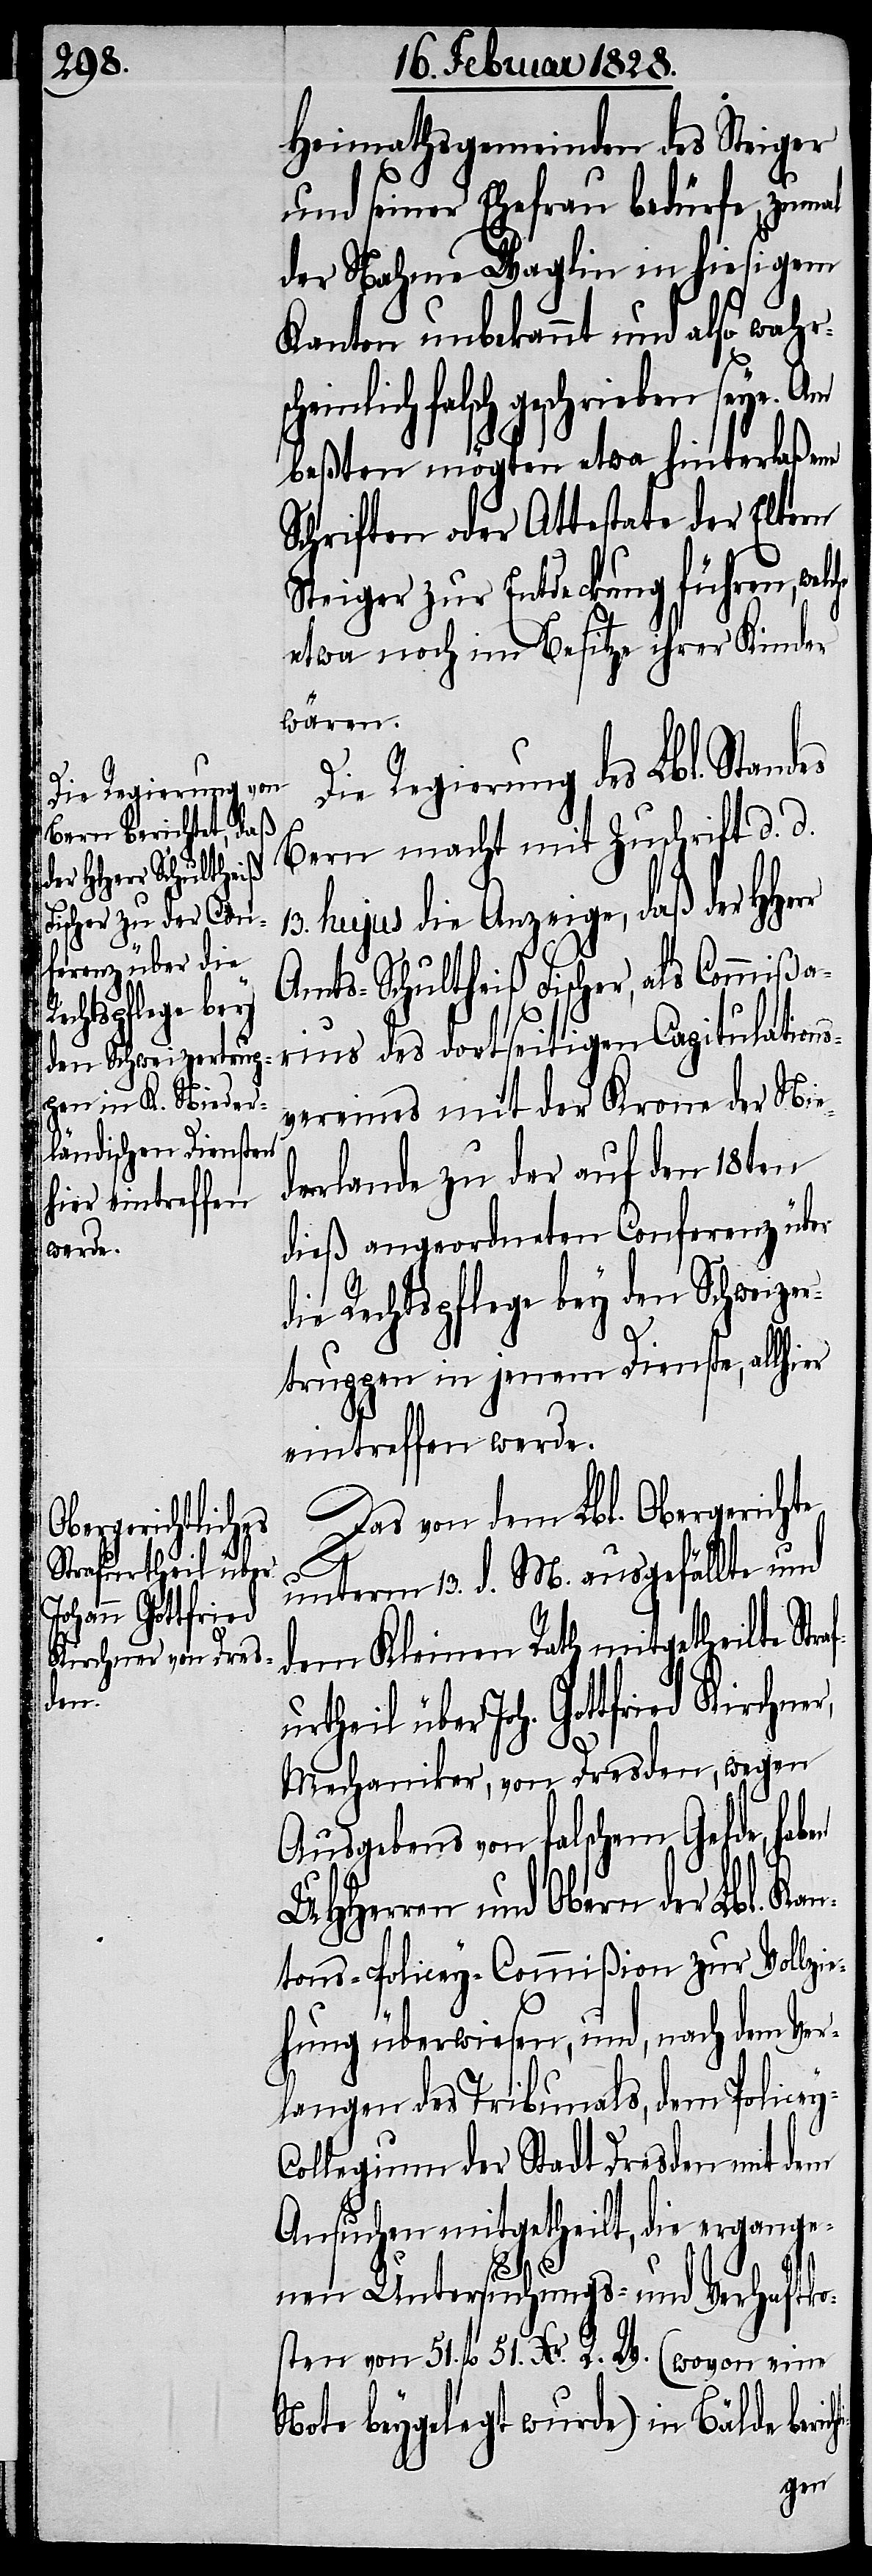
Die Regierung des
Strafurtheil über
Joh. Gottfried

Heimathsgemeinden des Steiger
und seiner Ehefrau bedürfe, zumal
der Nahme Waglin in hiesigem
Kanton unbekannt und also wahr¬
falsch geschrieben seye.
beßten mögten etwa hinterlaßene
Schriften oder Attestate der Eltern
Steiger zur Entdeckung führen, wel¬
etwa noch im Besitze ihrer Kinder
wären.
Bern macht mit Zuschrift d. d.
hujus die Anzeige, daß der
Amts-Schultheiß Fischer, als Commißa¬
rius des dortseitigen Capitulations¬
vereines mit der Krone der Nie¬
derlande zu der auf den 18ten
dieß angeordneten Conferenz über
die Rechtspflege bey den Schweize¬
rtruppen in jenem Dienste, allhier
eintreffen werde.
Das von dem Lbl. Obergerichte
unterm 13. d. M. ausgefällte und
dem Kleinen Rath mitgetheilte
Mechaniker, von Dresden, wegen
Ausgebens von falschem Gelde, haben
UHHerren und Obern der Lbl. Ka¬
ntons-Policey-Commißion zur Vollzi¬
ehung überwiesen, und, nach dem Ve¬
rlangen des Tribunals, dem Police¬
ollegium der Stadt Dresden mit dem
Ansuchen mitgetheilt, die ergange¬
chti-
nen Untersuchungs- und Verhaftko¬
sten von 51. fl. 51. Xr. R. W. (wovon eine
Note beygelegt wurde) in Bälde beri¬